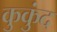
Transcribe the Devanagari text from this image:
कुकुंद